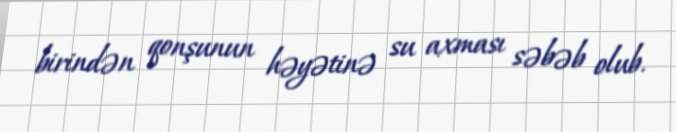
birindən qonşunun həyətinə su axması səbəb olub.